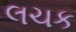
લચક